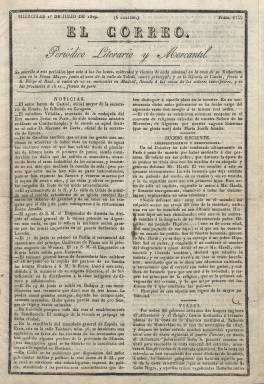
Título: El Correo (Madrid)
Colección: Periódicos anteriores a 1850
Ámbito geográfico: Madrid
Lugar de publicación: Madrid
Fechas: 01/07/1829-03/11/1833

Es continuación de Correo literario y mercantil, que había comenzado, el 14 de julio de 1828, a editar e imprimir el mecenas Pedro Ximénez de Haro (1790-1854), al obtener “real licencia”, en el inicio de la apertura que se va a producir en los últimos años de la Década Ominosa (1823-1833). Con el título reducido de El Correo, y el subtítulo “periódico literario y mercantil”, continúa la secuencia del anterior, con el número 75, correspondiente al uno de enero de 1829, y seguirá apareciendo cada lunes, miércoles y viernes, en entregas de cuatro páginas, compuestas a una columna.

Continuará siendo un periódico impelido a tratar cuestiones políticas y, según Gómez Aparicio (1967), su más destacada nota será su “actitud pegajosamente aduladora, más que fidelidad afectiva” al Rey, a la Real Familia o a los ministros de su gobierno. Abunda también en esto María Cruz Seoane (1983), al decir que, “por supuesto, las cuestiones políticas estaban absolutamente proscritas del Correo, si no se entienden por tales las adulaciones al rey y a los ministros”, y agrega que “con su escaso mérito, su insipidez, su timidez, sirve bien de representante de lo que fueron aquellos últimos años” de opresión y silencio del segundo periodo del régimen absolutista fernandino.

Con motivo del fallecimiento, en mayo de 1829, de la tercera esposa del monarca –María Josefa Amalia- y su cuarto matrimonio con su sobrina María Cristina, adornará con una orla su primera plana durante tres meses seguidos. A partir del uno de enero de 1830 (número 231) estampará el grabado de una diligencia (en alusión al correo) en su cabecera, y a partir del 12 de abril de 1830, aumentará el formato.

Bajo su cabecera incluye una nueva sección bajo el epígrafe Efemérides, y sus páginas las sigue dedicando a ofrecer artículos de divulgación, de historia, educación, ciencias, economía política, industria y comercio, viajes, algunos remitidos (correspondencia), junto a misceláneas y noticias nacionales y extranjeras, y entre estas los precios de los productos agrarios, los cambios de moneda y las cotizaciones bursátiles, así como sucesos, festejos públicos, bibliografía, cartelera teatral o breves obras dramáticas o textos en verso, algunos bajo las firmas de José María Carnerero (1784-1866) o Lucas Alemán y Aguado, seudónimo este del médico y poeta satírico Manuel Casal y Aguado (1751-1837).

Dedicará especial atención a la literatura y al teatro, cuya sección había estado al principio en manos de Juan López Peñalver de la Torre, y después de Manuel Bretón de los Herreros (1796-1873), al incorporarse a la redacción el seis de abril de 1831, quien publicará también artículos costumbristas, quien se quejará, ya en 1836, de haber “vivido esclavo de las censuras monacales” al periódico. Otro de sus redactores fue Mariano de Rementería y Fica (1786-1841), que usa la inicial R como firma, y entre sus colaboradoras se encuentra Vicenta Maturana (1793-1859), así como Ángel Iznardi, con el seudónimo El Mirón o de forma anónima (Costumbrismo andaluz: 1998).

El nacimiento de Isabel II, el diez de octubre de 1830, será celebrado en unos versos de Mariano José de Larra (1809-1837) que publicará El Correo en 1831, año este en el que Carnerero deja El Correo para fundar, primero sus Cartas españolas y, al año siguiente, La Revista española. En este 1832, con la enfermedad de Fernando VII y el primer gobierno de la reina María Cristina, se inaugura una nueva etapa aperturista que señala la transición entre el régimen absolutista y el constitucional, así como “la aurora del renacimiento literario”, en palabras de Asenjo (1933), y El Correo, junto a otras publicaciones periódicas que han ido apareciendo, introduce “un nuevo concepto de crítica”, inspirada en los modelos franceses, en concreto su serie de artículos de la serie Costumbres en Madrid, firmados bajo el seudónimo El Observador. En sus periódicos, Carnerero se mostró crítico con el movimiento romántico, pero a la vez en los mismos se produce el asentamiento del costumbrista, que había empezado a manifestarse a finales del siglo XVIII.

El Correo prestará atención a los partes oficiales sobre la salud del monarca, y en los últimos meses de su vida, publicará los miércoles suplementos (generalmente, de dos páginas) a sus entregas de los martes, publicando su número 840 y último el tres de noviembre de 1833 tras el fallecimiento de Fernando VII el 29 de septiembre de ese año. Este número lleva el subtítulo “periódico dedicado a la reina nuestra señora Dª Isabel II”. Bretón llegó a decir en 1836 que “murió de un golpe de Estado”.